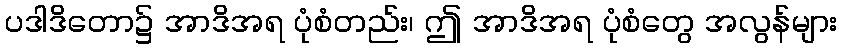
ပဒါဒိတော၌ အာဒိအရ ပုံစံတည်း၊ ဤ အာဒိအရ ပုံစံတွေ အလွန်များ